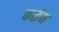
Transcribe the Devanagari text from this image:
काइंम